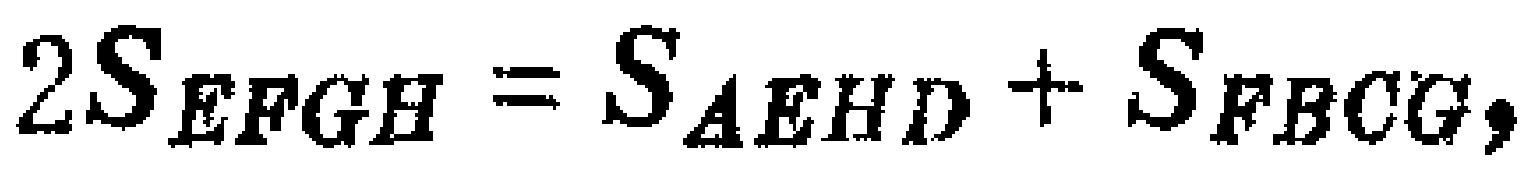
$2S_{EFGH}=S_{AEHD}+S_{FBCG},$